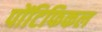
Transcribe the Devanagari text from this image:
पोंटिफिकल